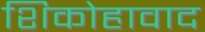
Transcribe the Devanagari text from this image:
शिकोहावाद